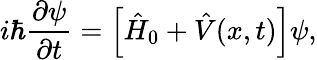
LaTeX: i\hbar\frac{\partial\psi}{\partial t}=\Big[\hat{H}_{0}+\hat{V}(x,t)\Big]\psi,